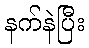
နက်နဲပြီး